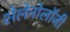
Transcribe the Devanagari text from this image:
सेलेनोलॉजी